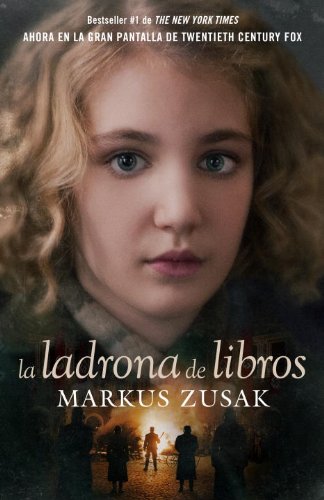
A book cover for La ladrona de libros (Spanish Edition); Markus Zusak; Teen & Young Adult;